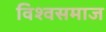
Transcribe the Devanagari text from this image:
विश्वसमाज